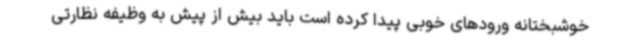
خوشبختانه ورودهای خوبی پیدا کرده است باید بیش از پیش به وظیفه نظارتی